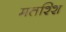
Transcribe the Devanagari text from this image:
मतश्शि